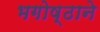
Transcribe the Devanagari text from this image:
भगोष्ठाने